Vaccination in Bombay 1874-1876 - 1874-1876
Year: 1874
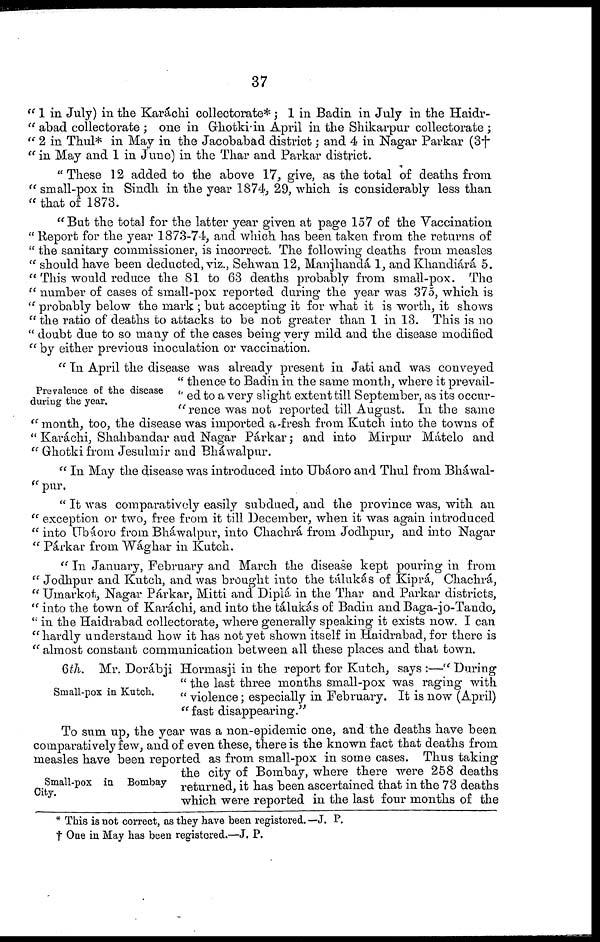
37
" 1 in July) in the Karáchi collectorate*; 1 in Badin in July in the Haidr¬
" abad collectorate ; one in Ghotki in April in the Shikarpur collectorate ;
" 2 in Thul* in May in the Jacobabad district; and 4 in Nagar Parkar (3†
" in May and 1 in June) in the Thar and Parkar district.
"These 12 added to the above 17, give, as the total of deaths from
" small-pox in Sindh in the year 1874, 29, which is considerably less than
" that of 1873.
"But the total for the latter year given at page 157 of the Vaccination
" Report for the year 1873-74, and which has been taken from the returns of
" the sanitary commissioner, is incorrect. The following deaths from measles
" should have been deducted, viz., Sehwan 12, Mainjhandá 1, and Khandiárá 5.
" This would reduce the 81 to 63 deaths probably from small-pox. The
" number of cases of small-pox reported during the year was 375, which is
" probably below the mark ; but accepting it for what it is worth, it shows
" the ratio of deaths to attacks to be not greater than 1 in 13. This is no
" doubt due to so many of the cases being very mild and the disease modified
" by either previous inoculation or vaccination.
Prevalence of the disease
during the year.
" In April the disease was already present in Jati and was conveyed
" thence to Badin in the same month, where it prevail¬
" ed to a very slight extent till September, as its occur¬
" rence was not reported till August. In the same
"month, too, the disease was imported a fresh from Kutch into the towns of
" Karáchi, Shahbandar and Nagar Párkar; and into Mirpur Mátelo and
" Ghotki from Jesulmir and Bháwalpur.
" In May the disease was introduced into Ubáoro and Thul from Bháwal¬
" pur.
" It was comparatively easily subdued, and the province was, with an
" exception or two, free from it till December, when it was again introduced
" into Ubáoro from Bháwalpur, into Chachrá from Jodhpur, and into Nagar
" Párkar from Wághar in Kutch.
" In January, February and March the disease kept pouring in from
" Jodhpur and Kutch, and was brought into the tálukás of Kiprá, Chachrá,
" Umarkot, Nagar Párkar, Mitti and Diplá in the Thar and Parkar districts,
" into the town of Karáchi, and into the tálukás of Badin and Baga-jo-Tando,
" in the Haidrabad collectorate, where generally speaking it exists now. I can
"hardly understand how it has not yet shown itself in Haidrabad, for there is
" almost constant communication between all these places and that town.
Small-pox in Kutch.
6th. Mr. Dorábji Hormasji in the report for Kutch, says :—" During
" the last three months small-pox was raging with
" violence; especially in February. It is now (April)
" fast disappearing."
Small-pox in Bombay
City.
To sum up, the year was a non-epidemic one, and the deaths have been
comparatively few, and of even these, there is the known fact that deaths from
measles have been reported as from small-pox in some cases. Thus taking
the city of Bombay, where there were 258 deaths
returned, it has been ascertained that in the 73 deaths
which were reported in the last four months of the
* This is not correct, as they have been registered. —J. P.
† One in May has been registered.—J. P.